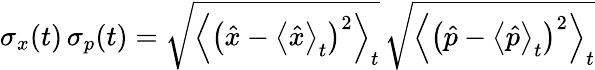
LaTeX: \sigma_{x}(t)\, \sigma_{p}(t)=\sqrt{\left<\left(\hat{x}-\left<\hat{x}\right>_{t}\right)^{2}\right>_{t}}\, \sqrt{\left<\left(\hat{p}-\left<\hat{p}\right>_{t}\right)^{2}\right>_{t}}